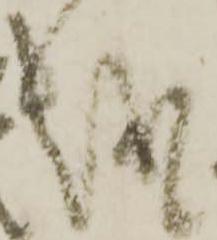
越